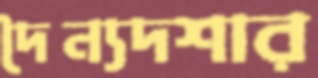
দৈন্যদশার